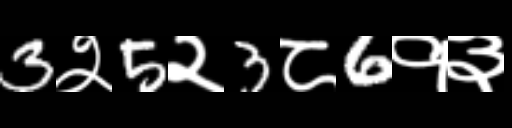
Text: 3२5२3८6१३